Scottish Leaving Certificate Examination, 1960
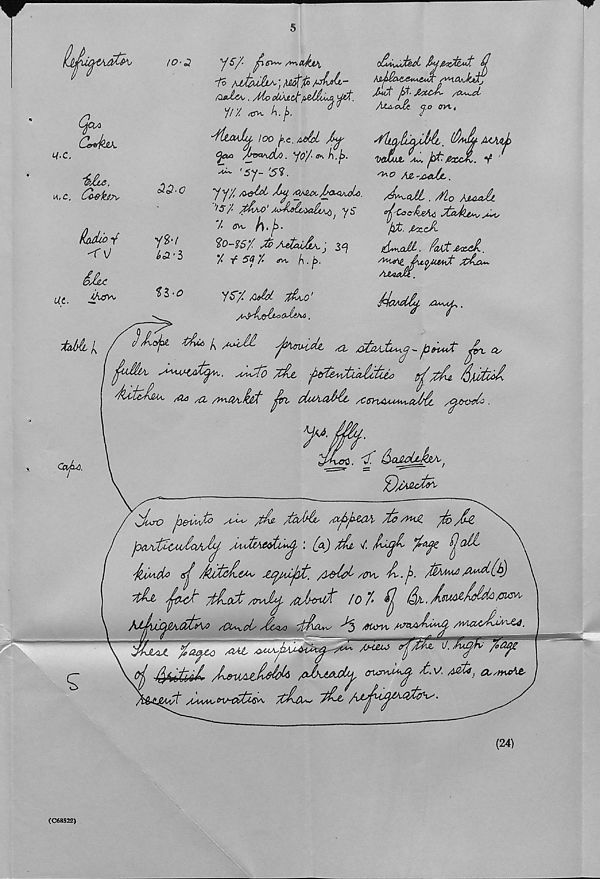
5
de&jo&X
01.C.
M, C. &4fa?v
&oMo*{
<\J
Ss&£
Uc.
IO-1
y$7 f (J'Vvv /Vv\, Cokx\
o/LiiJjt&l Jhj&zrtEMfc $
/// *3VL A./>.
A^cJjt <j.O OVt,
•Milady, loo f.c. /M
^
gw U^M. ofo/ ^ A./>.
Jptr.
^ 'sy-W.
yyz /^M ly ^U^M.
J^cjl. zi 0
’IS/.
aMox^, y$
d'Coo'&eA*
/. (fc, f\. jz.
jxfc
%0-?SZ 36 AetxiA^ j 3^
£^a^. ParttaA..
’/• if 5<f Z <r*, A • jb.
At<y>UMt xda~-
A t> s%s+ V 0
3-Q.q
■yfrt
^’5
U-o
yz/> aM zLo’
AJUudi.
taiA A
CajxA.
jAofa
a ,a>JA
jnmAiA
atoAii^cf- p<n*J: ^
^ 'Mia, s**v<y£<^K. suidb /At 'l^rte^uiAAia
^jdu 6A£<
AotcA&U, yia sd /ynOAsAt ^n, AuSocAA /CtT^UiAA^vaJMc
T\
CO
^Juxo / iW^
/As- AbJAo /Po^^LtQA. /h/>^ ^A> /d-£
p/x/AMwla/iAj, yOiJ/AMtu^ I (jx) As v!
^(At
'(tAMdo gj! dAtcAe**' ^jy/oijat. A&lA /oy M-.j^. Mmwi A^t^)
Al
/Ld;*jy aJxAc id'/■ ^
.at/o JX*./, Sy /A&v, -^5 /«tm kwAmA /Mao(Sn£4.
yC^sx* /M2Xd
AtAt-
MeVAziM* aAjajcO^ cro^A^
xM(o~ (ZMt
(24)
(C68522)